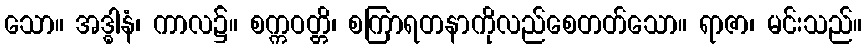
သော။ အဒ္ဓါနံ၊ ကာလ၌။ စက္ကဝတ္တိ၊ စကြာရတနာကိုလည်စေတတ်သော။ ရာဇာ၊ မင်းသည်။